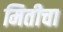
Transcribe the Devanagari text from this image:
मितीचा